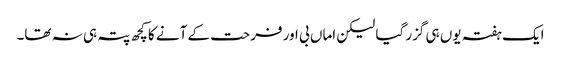
ایک ہفتہ یوں ہی گزر گیا لیکن اماں بی اور فرحت کے آنے کا کچھ پتہ ہی نہ تھا۔